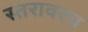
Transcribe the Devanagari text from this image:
स्तरावरच